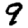
Digit: 9